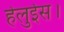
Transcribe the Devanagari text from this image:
हेलुईस।